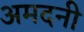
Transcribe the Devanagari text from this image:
अमदनी